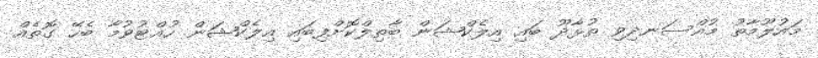
މައުލޫމާތު މުއްސަނދިވި ތުޅާދޫ ބައި އިލެކްޝަން ބާތިލްކޮށްފިބައި އިލެކްޝަން ހުއްޓުވުމާ ބެހޭ ގޮތެއް